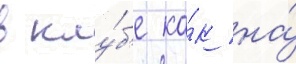
в клу́б'е ка́к на́